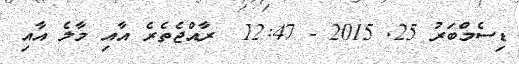
ޑިސެމްބަރު 25